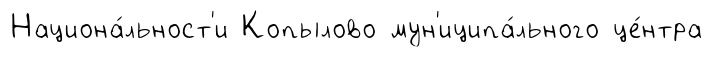
Национа́льност'и Копылово мун'иципа́льного це́нтра